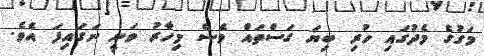
މަގުގެ މެދުގައި ހުރި ބިޔަ ގަސްތައް ވެސް މިހާރު ވަނީ ނަގައިފަ އެވެ.